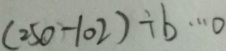
( 2 5 0 - 1 0 2 ) \div b \cdots 0